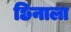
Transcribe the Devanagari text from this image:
छिनाला